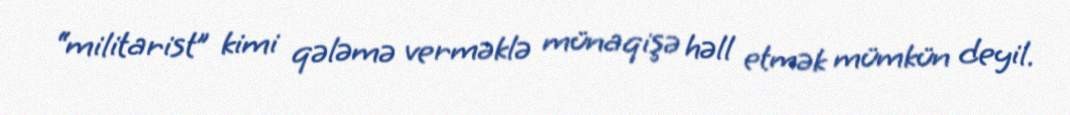
“militarist” kimi qələmə verməklə münaqişə həll etmək mümkün deyil.